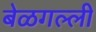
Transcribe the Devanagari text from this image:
बेळगल्ली